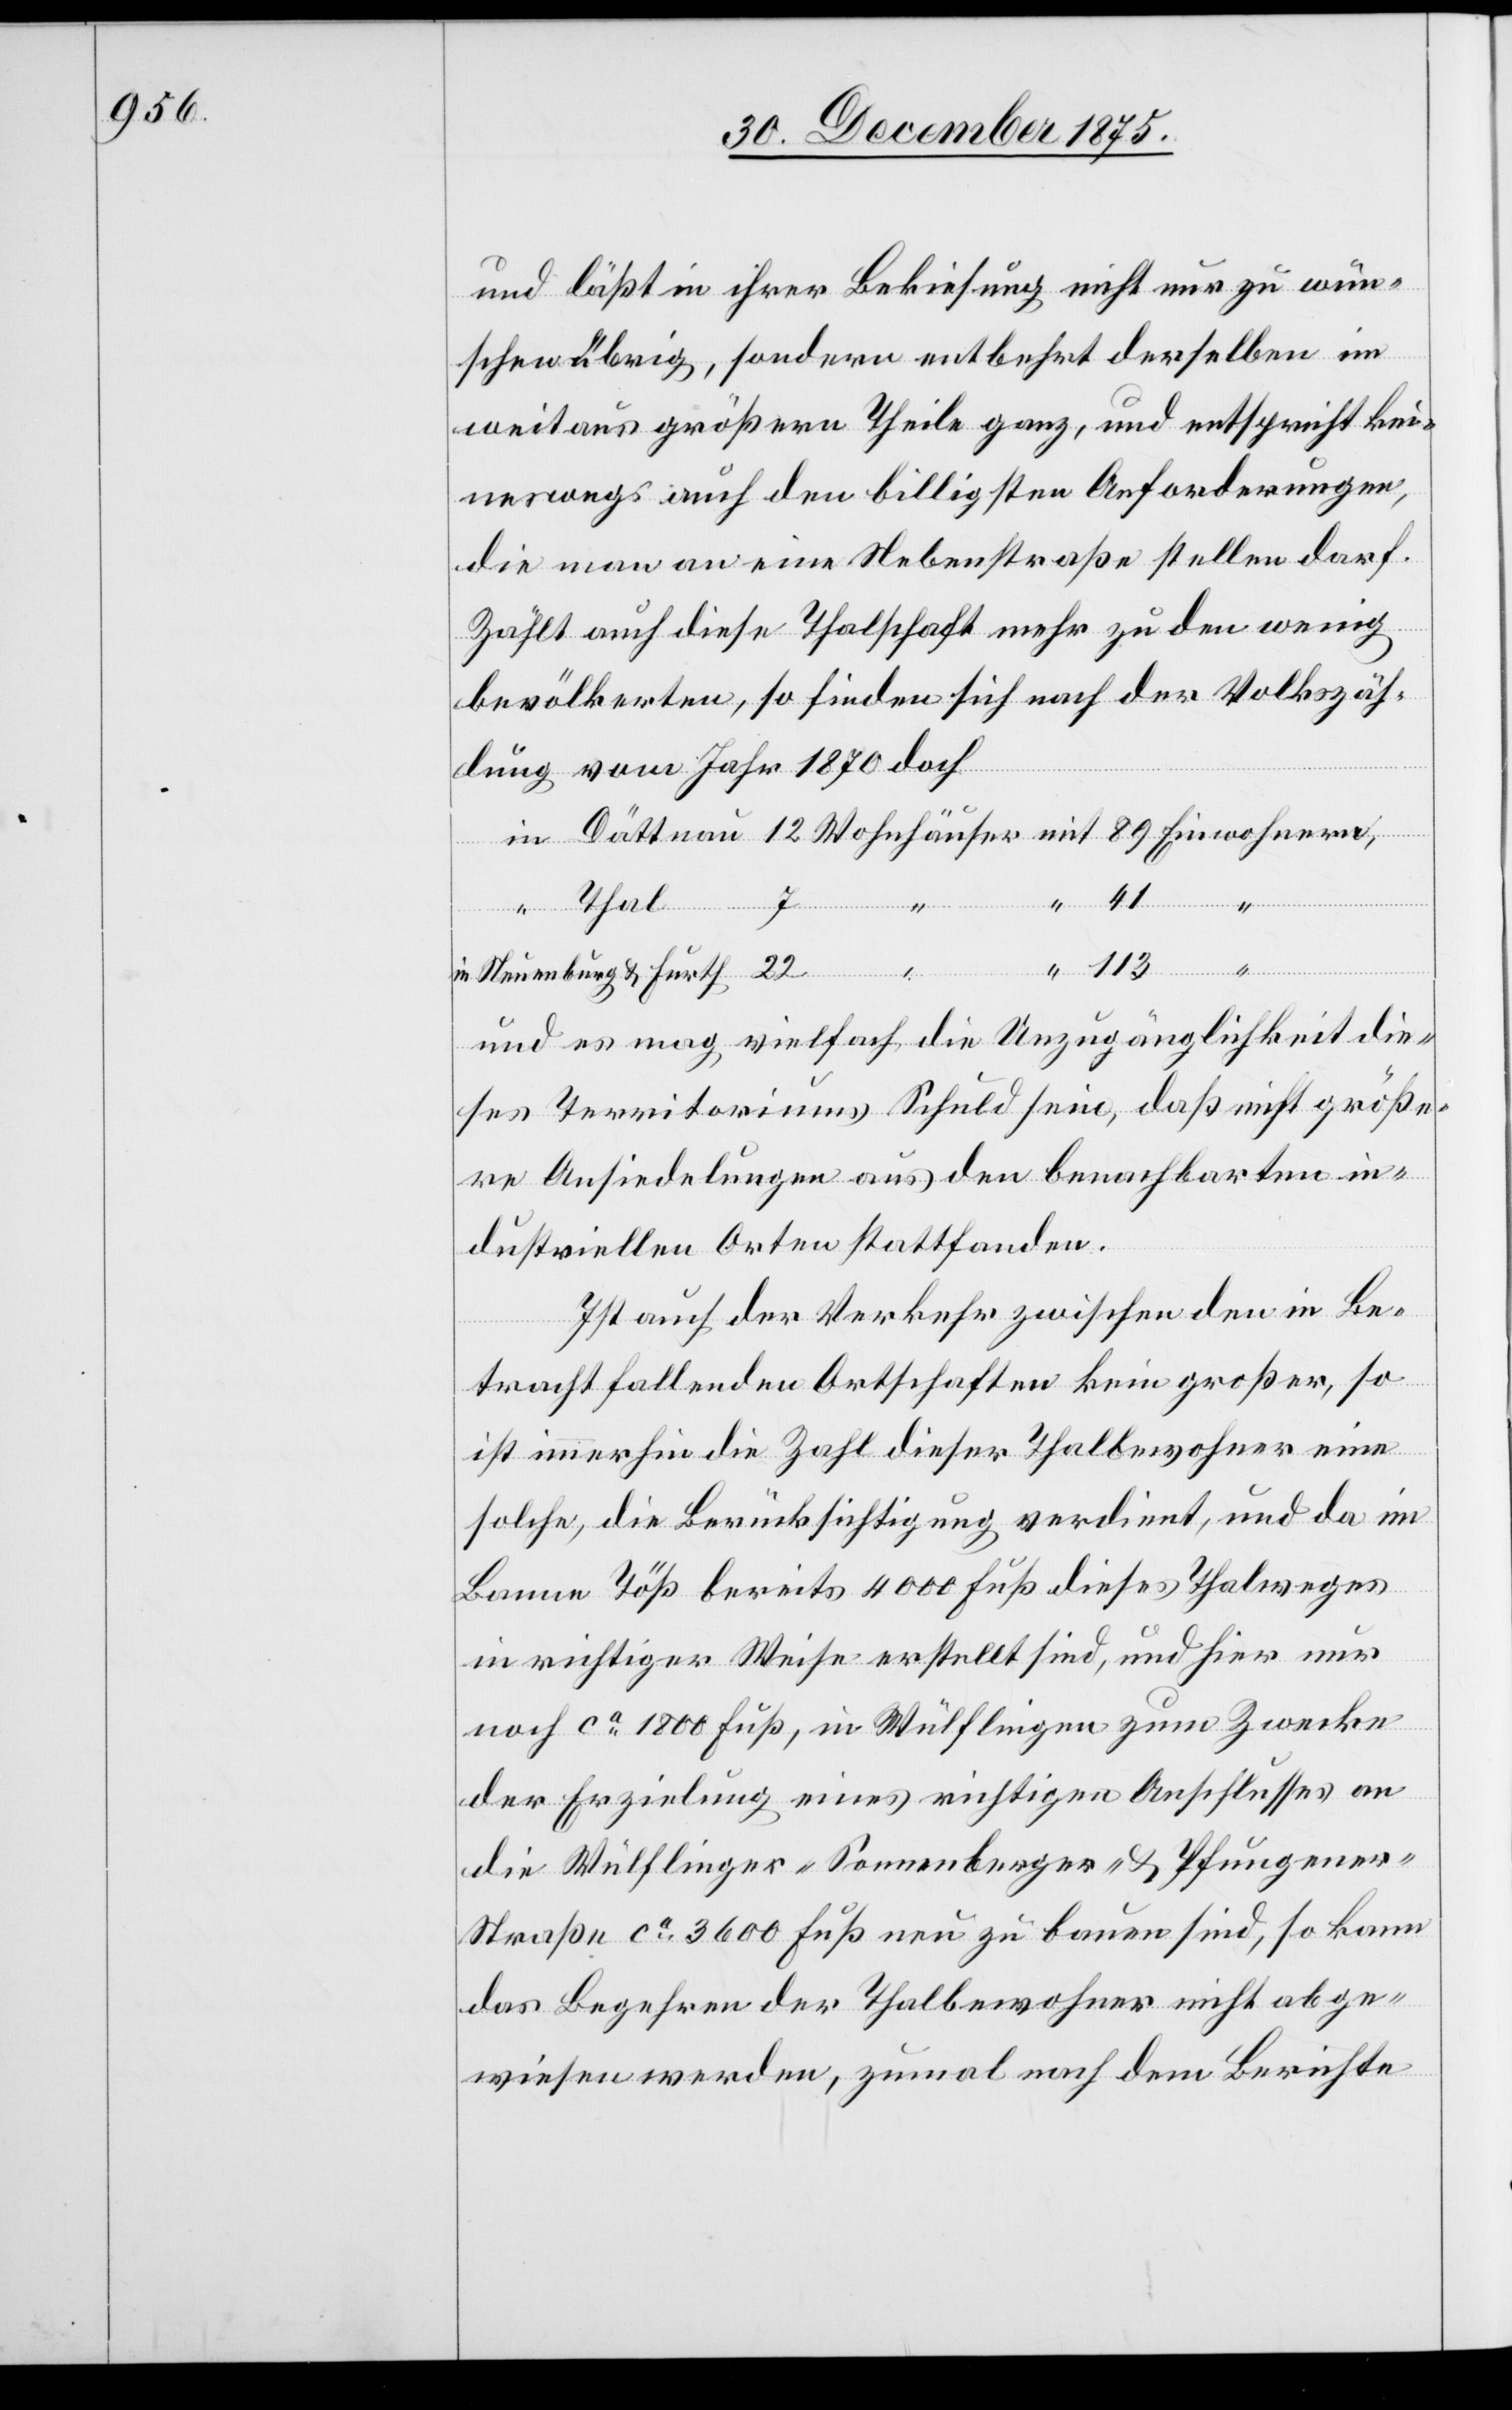
und läßt ihrer Bekiesung nicht nur zu wün¬
schen übrig, sondern entbehrt derselben im
weitaus größern Theile ganz, und entspricht kei¬
neswegs auch den billigsten Anforderungen,
die man an eine Nebenstraße stellen darf.
Zählt auch diese Thalschaft mehr zu den wenig
bevölkerten, so finden sich nach der Volkszäh¬
lung vom Jahr 1870 doch
Einwohnern,
Neuenburg & Furth
und es mag vielfach die Unzugänglichkeit die¬
ses Territoriums Schuld sein, daß nicht größe¬
re Ansiedlungen aus den benachbarten in¬
dustriellen Orten stattfanden.
Ist auch der Verkehr zwischen den in Be¬
in
tracht fallenden Ortschaften kein großer, so
ist immerhin die Zahl dieser Thalbewohner eine
solche, die Berücksichtigung verdient, und da im
Banne Töß bereits 4000 Fuß dieses Thalweges
in richtiger Weise erstellt sind, und hier nur
noch ca 1800 Fuß, in Wülflingen zum Zwecke
der Erzielung eines richtigen Anschlusses an
die Wülflinger-[,] Sonnenberger- & Pfungene¬
r-Straße ca 3600 Fuß neu zu bauen sind, so kann
das Begehren der Thalbewohner nicht abge¬
wiesen werden, zumal nach dem Berichte